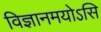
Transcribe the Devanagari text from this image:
विज्ञानमयोऽसि